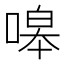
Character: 嗥